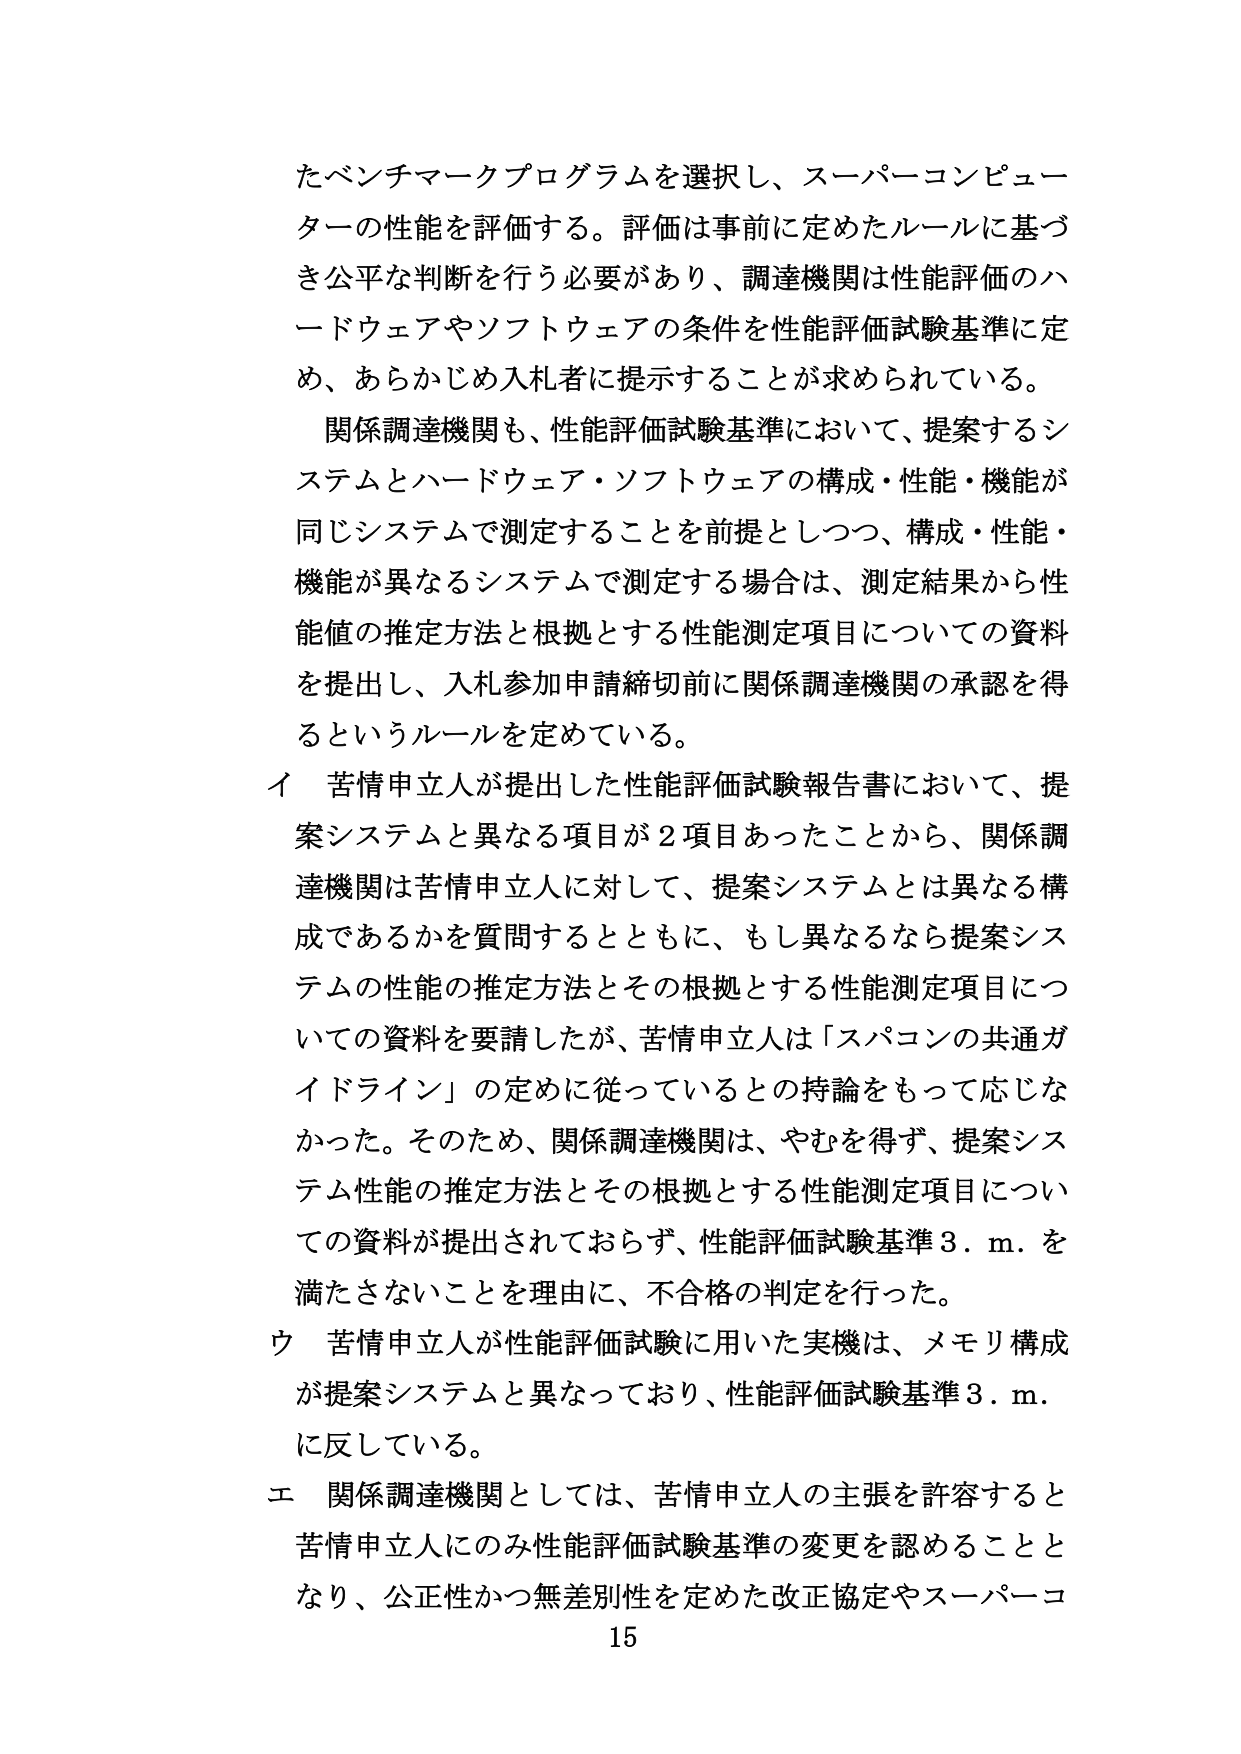
たベンチマークプログラムを選択し、スーパーコンピューターの性能を評価する。評価は事前に定めたルールに基づき公平な判断を行う必要があり、調達機関は性能評価のハードウェアやソフトウェアの条件を性能評価試験基準に定め、あらかじめ入札者に提示することが求められている。

関係調達機関も、性能評価試験基準において、提案するシステムとハードウェア・ソフトウェアの構成・性能・機能が同じシステムで測定することを前提としつつ、構成・性能・機能が異なるシステムで測定する場合は、測定結果から性能値の推定方法と根拠とする性能測定項目についての資料を提出し、入札参加申請締切前に関係調達機関の承認を得るというルールを定めている。

イ 苦情申立人が提出した性能評価試験報告書において、提案システムと異なる項目が２項目あったことから、関係調達機関は苦情申立人に対して、提案システムとは異なる構成であるかを質問するとともに、もし異なるなら提案システムの性能の推定方法とその根拠とする性能測定項目についての資料を要請したが、苦情申立人は「スパコンの共通ガイドライン」の定めに従っているとの持論をもって応じなかった。そのため、関係調達機関は、やむを得ず、提案システム性能の推定方法とその根拠とする性能測定項目についての資料が提出されておらず、性能評価試験基準３．ｍ．を満たさないことを理由に、不合格の判定を行った。

ウ 苦情申立人が性能評価試験に用いた実機は、メモリ構成が提案システムと異なっており、性能評価試験基準３．ｍ．に反している。

エ 関係調達機関としては、苦情申立人の主張を許容すると苦情申立人にのみ性能評価試験基準の変更を認めることとなり、公正性かつ無差別性を定めた改正協定やスーパーコ

15